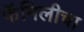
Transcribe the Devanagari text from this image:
फॅमिलीचा